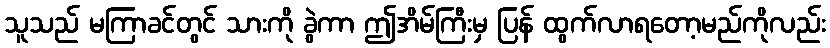
သူသည် မကြာခင်တွင် သားကို ခွဲကာ ဤအိမ်ကြီးမှ ပြန် ထွက်လာရတော့မည်ကိုလည်း